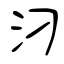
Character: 汈